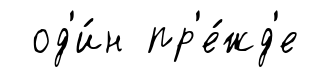
од'и́н пр'е́жд'е